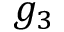
g _ { 3 }